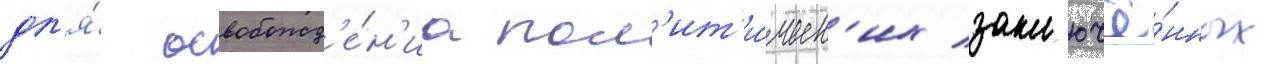
дл'я́ освобожд'е́н'иа пол'ит'и́ческ'их закл'ючё́нных